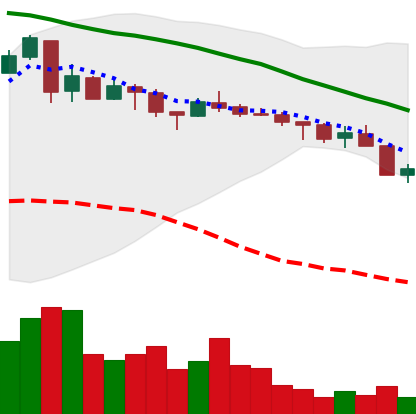
Ticker: XMR-USD
Chart end date: 2018-05-12
Forward return: -4.442%
Label: down_3_5